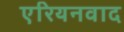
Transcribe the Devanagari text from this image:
एरियनवाद